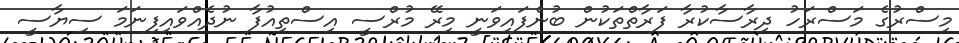
މިސްރުގެ މަސްރަހު ދިރާސާކުރާ ފަރާތްތަކުން ބުނެފައިވަނީ މިރޭ މުރްސީ އިސްތިއުފާ ނުދެއްވައިފިނަމަ ސިޔާސީ